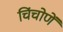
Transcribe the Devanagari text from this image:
चिंचोणें